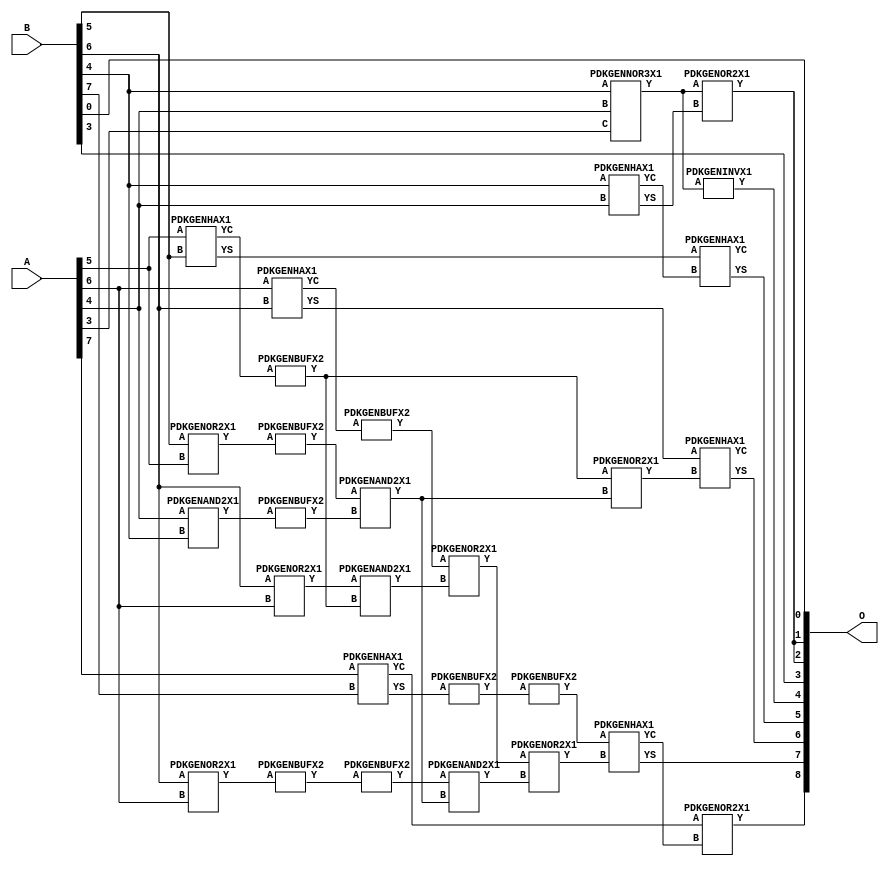
// Library = EvoApprox8b
// Circuit = add8_451
// Area   (180) = 1216
// Delay  (180) = 0.790
// Power  (180) = 342.90
// Area   (45) = 84
// Delay  (45) = 0.340
// Power  (45) = 27.47
// Nodes = 29
// HD = 188032
// MAE = 5.01562
// MSE = 40.25000
// MRE = 2.64 %
// WCE = 16
// WCRE = 600 %
// EP = 93.0 %

module add8_451(A, B, O);
  input [7:0] A;
  input [7:0] B;
  output [8:0] O;
  wire [2031:0] N;

  assign N[0] = A[0];
  assign N[1] = A[0];
  assign N[2] = A[1];
  assign N[3] = A[1];
  assign N[4] = A[2];
  assign N[5] = A[2];
  assign N[6] = A[3];
  assign N[7] = A[3];
  assign N[8] = A[4];
  assign N[9] = A[4];
  assign N[10] = A[5];
  assign N[11] = A[5];
  assign N[12] = A[6];
  assign N[13] = A[6];
  assign N[14] = A[7];
  assign N[15] = A[7];
  assign N[16] = B[0];
  assign N[17] = B[0];
  assign N[18] = B[1];
  assign N[19] = B[1];
  assign N[20] = B[2];
  assign N[21] = B[2];
  assign N[22] = B[3];
  assign N[23] = B[3];
  assign N[24] = B[4];
  assign N[25] = B[4];
  assign N[26] = B[5];
  assign N[27] = B[5];
  assign N[28] = B[6];
  assign N[29] = B[6];
  assign N[30] = B[7];
  assign N[31] = B[7];

  PDKGENOR2X1 n42(.A(N[28]), .B(N[12]), .Y(N[42]));
  PDKGENOR2X1 n44(.A(N[28]), .B(N[12]), .Y(N[44]));
  PDKGENNOR3X1 n48(.A(N[24]), .B(N[8]), .C(N[6]), .Y(N[48]));
  assign N[49] = N[48];
  PDKGENAND2X1 n68(.A(N[8]), .B(N[24]), .Y(N[68]));
  assign N[69] = N[68];
  PDKGENHAX1 n72(.A(N[24]), .B(N[8]), .YS(N[72]), .YC(N[73]));
  PDKGENHAX1 n78(.A(N[10]), .B(N[26]), .YS(N[78]), .YC(N[79]));
  PDKGENBUFX2 n80(.A(N[79]), .Y(N[80]));
  assign N[81] = N[80];
  PDKGENHAX1 n86(.A(N[12]), .B(N[28]), .YS(N[86]), .YC(N[87]));
  PDKGENHAX1 n96(.A(N[14]), .B(N[30]), .YS(N[96]), .YC(N[97]));
  PDKGENBUFX2 n128(.A(N[44]), .Y(N[128]));
  PDKGENOR2X1 n134(.A(N[26]), .B(N[10]), .Y(N[134]));
  PDKGENBUFX2 n142(.A(N[87]), .Y(N[142]));
  PDKGENBUFX2 n152(.A(N[69]), .Y(N[152]));
  assign N[153] = N[152];
  PDKGENAND2X1 n162(.A(N[42]), .B(N[81]), .Y(N[162]));
  PDKGENBUFX2 n164(.A(N[96]), .Y(N[164]));
  assign N[165] = N[164];
  PDKGENBUFX2 n170(.A(N[128]), .Y(N[170]));
  PDKGENINVX1 n176(.A(N[49]), .Y(N[176]));
  assign N[177] = N[176];
  PDKGENOR2X1 n180(.A(N[142]), .B(N[162]), .Y(N[180]));
  PDKGENBUFX2 n206(.A(N[134]), .Y(N[206]));
  assign N[207] = N[206];
  PDKGENAND2X1 n226(.A(N[207]), .B(N[153]), .Y(N[226]));
  assign N[227] = N[226];
  PDKGENOR2X1 n244(.A(N[80]), .B(N[227]), .Y(N[244]));
  assign N[245] = N[244];
  PDKGENAND2X1 n254(.A(N[170]), .B(N[226]), .Y(N[254]));
  PDKGENOR2X1 n272(.A(N[180]), .B(N[254]), .Y(N[272]));
  assign N[273] = N[272];
  PDKGENOR2X1 n344(.A(N[48]), .B(N[72]), .Y(N[344]));
  assign N[345] = N[344];
  PDKGENBUFX2 n376(.A(N[165]), .Y(N[376]));
  assign N[377] = N[376];
  PDKGENHAX1 n394(.A(N[78]), .B(N[73]), .YS(N[394]), .YC(N[395]));
  PDKGENHAX1 n404(.A(N[86]), .B(N[245]), .YS(N[404]), .YC(N[405]));
  PDKGENHAX1 n412(.A(N[377]), .B(N[273]), .YS(N[412]), .YC(N[413]));
  PDKGENOR2X1 n422(.A(N[97]), .B(N[413]), .Y(N[422]));

  assign O[0] = N[16];
  assign O[1] = N[345];
  assign O[2] = N[344];
  assign O[3] = N[22];
  assign O[4] = N[177];
  assign O[5] = N[394];
  assign O[6] = N[404];
  assign O[7] = N[412];
  assign O[8] = N[422];

endmodule
/* mod */
module PDKGENHAX1( input A, input B, output YS, output YC );
    assign YS = A ^ B;
    assign YC = A & B;
endmodule
/* mod */
module PDKGENOR2X1(input A, input B, output Y );
     assign Y = A | B;
endmodule
/* mod */
module PDKGENAND2X1(input A, input B, output Y );
     assign Y = A & B;
endmodule
/* mod */
module PDKGENINVX1(input A, output Y );
     assign Y = ~A;
endmodule
/* mod */
module PDKGENNOR3X1(input A, input B, input C, output Y );
     assign Y = ~((A | B) | C);
endmodule
/* mod */
module PDKGENBUFX2(input A, output Y );
     assign Y = A;
endmodule